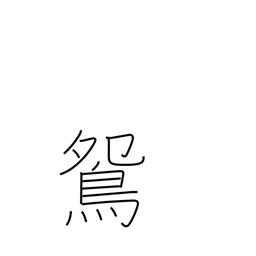
Meaning: male mandarin duck